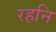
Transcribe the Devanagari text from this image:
रहनि